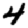
Digit: 4